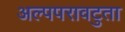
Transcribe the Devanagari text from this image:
अल्पपरावटुता